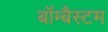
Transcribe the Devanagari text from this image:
बॉम्बैस्टम